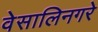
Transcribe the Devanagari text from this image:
वेसालिनगरे